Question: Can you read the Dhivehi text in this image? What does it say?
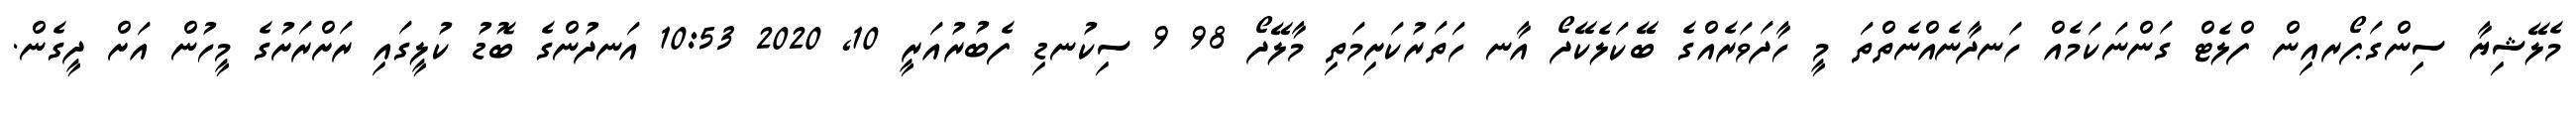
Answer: މެލޭޝިޔާ ސިންގަޕޯރއިން ފްލެޓް ގަންނަކަމެއް ހަނދާނެއްނެތްތަ މީ ހާދަވަރެއްގެ ބޭކަލެކޭދޯ އާނ ހަތަރުކަށިމަތި މާލޭދޯ 98 9 ސިކުނޑި ފެބުރުއަރީ 10, 2020 10:53 އަނދުންގެ ބޮޑު ކުލީގައި ރަށްރަށުގެ މީހުން އަށް ދީގެން.